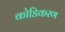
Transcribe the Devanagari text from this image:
कोडिकरण